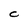
Character: C